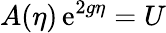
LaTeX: A(\eta)\, \mathrm{e}^{2g\eta}=U